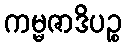
ကမ္မဇာဒိပဉ္စ